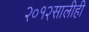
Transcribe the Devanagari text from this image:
२०१२सालीही